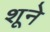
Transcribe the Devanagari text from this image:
शूने